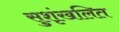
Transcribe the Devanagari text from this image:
सुशृंखलित